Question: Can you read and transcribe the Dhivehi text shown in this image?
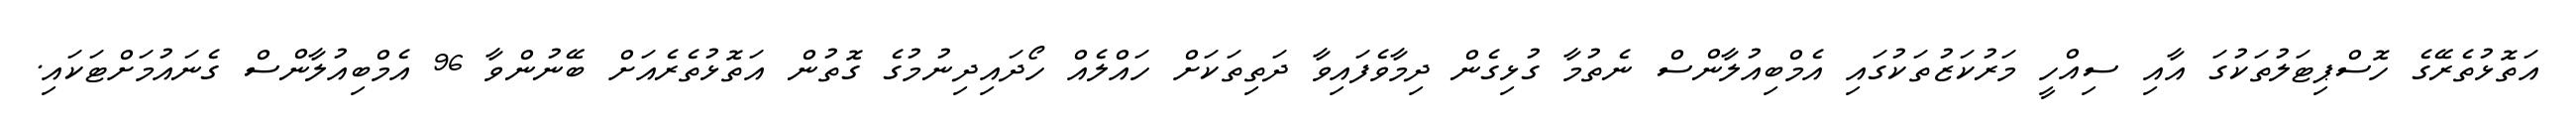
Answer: އަތޮޅުތެރޭގެ ހޮސްޕިޓަލުތަކުގަ އާއި ސިއްހީ މަރުކަޒުތަކުގައި އެމްބިއުލާންސް ނެތުމާ ގުޅިގެން ދިމާވެފައިވާ ދަތިތަކަށް ހައްލެއް ހޯދައިދިނުމުގެ ގޮތުން އަތޮޅުތެރެއަށް ބޭނުންވާ 96 އެމްބިއުލާންސް ގެނައުމަށްޓަކައި.